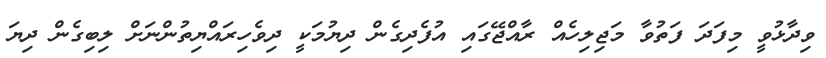
ވިދާޅުވީ މިފަދަ ފަތުވާ މަޖިލިހެއް ރާއްޖޭގައި އުފެދިގެން ދިޔުމަކީ ދިވެހިރައްޔިތުންނަށް ލިބިގެން ދިޔަ